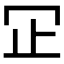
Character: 𬅶